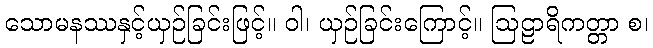
သောမနဿနှင့်ယှဉ်ခြင်းဖြင့်။ ဝါ၊ ယှဉ်ခြင်းကြောင့်။ ဩဠာရိကတ္တာ စ၊